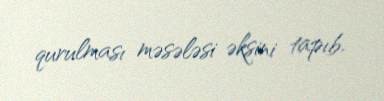
qurulması məsələsi əksini tapıb.